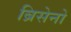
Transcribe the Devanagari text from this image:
ब्रिसेनो